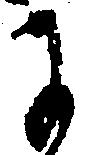
に